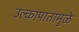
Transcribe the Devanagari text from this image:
उल्कापातामुळे